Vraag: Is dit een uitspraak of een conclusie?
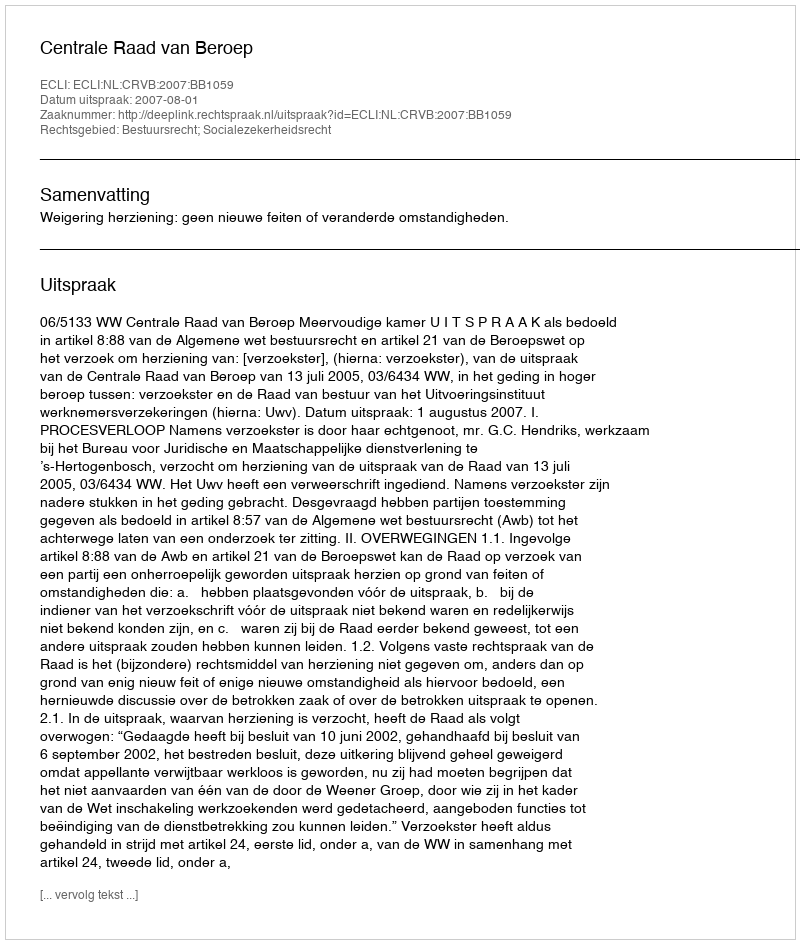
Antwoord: Uitspraak